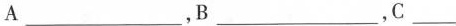
A___ ，B___ ，C___ ，